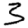
Digit: 3